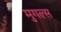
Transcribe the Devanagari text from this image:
मुगल्स